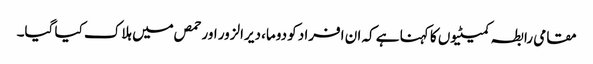
مقامی رابطہ کمیٹیوں کا کہنا ہے کہ ان افراد کو دوما، دیرالزور اور حمص میں ہلاک کیا گیا۔